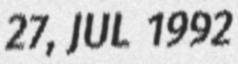
27, JUL 1992